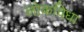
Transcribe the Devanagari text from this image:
लोकविधा